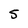
Character: 5